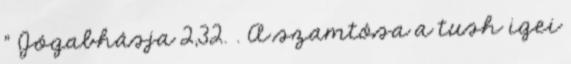
" Jógabhásja 2,32. . A szamtósa a tush igei